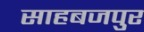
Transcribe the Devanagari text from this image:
साहबजपुर